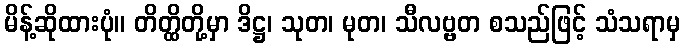
မိန့်ဆိုထားပုံ။ တိတ္ထိတို့မှာ ဒိဋ္ဌ၊ သုတ၊ မုတ၊ သီလဗ္ဗတ စသည်ဖြင့် သံသရာမှ